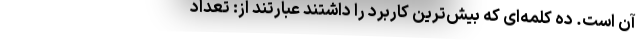
آن است. ده کلمه‌ای که بیش‌ترین کاربرد را داشتند عبارتند از: تعداد